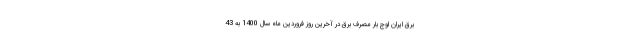
برق ایران اوج بار مصرف برق در آخرین روز فروردین ماه سال 1400 به 43